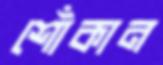
শোঁকান